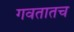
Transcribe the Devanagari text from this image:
गवतातच